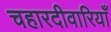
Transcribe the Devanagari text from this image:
चहारदीवारियाँ